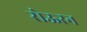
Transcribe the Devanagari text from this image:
रोऊरन